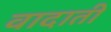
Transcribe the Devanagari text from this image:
वादाती